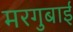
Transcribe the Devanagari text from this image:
मरगुबाई